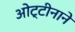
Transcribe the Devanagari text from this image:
ओट्टीनाने